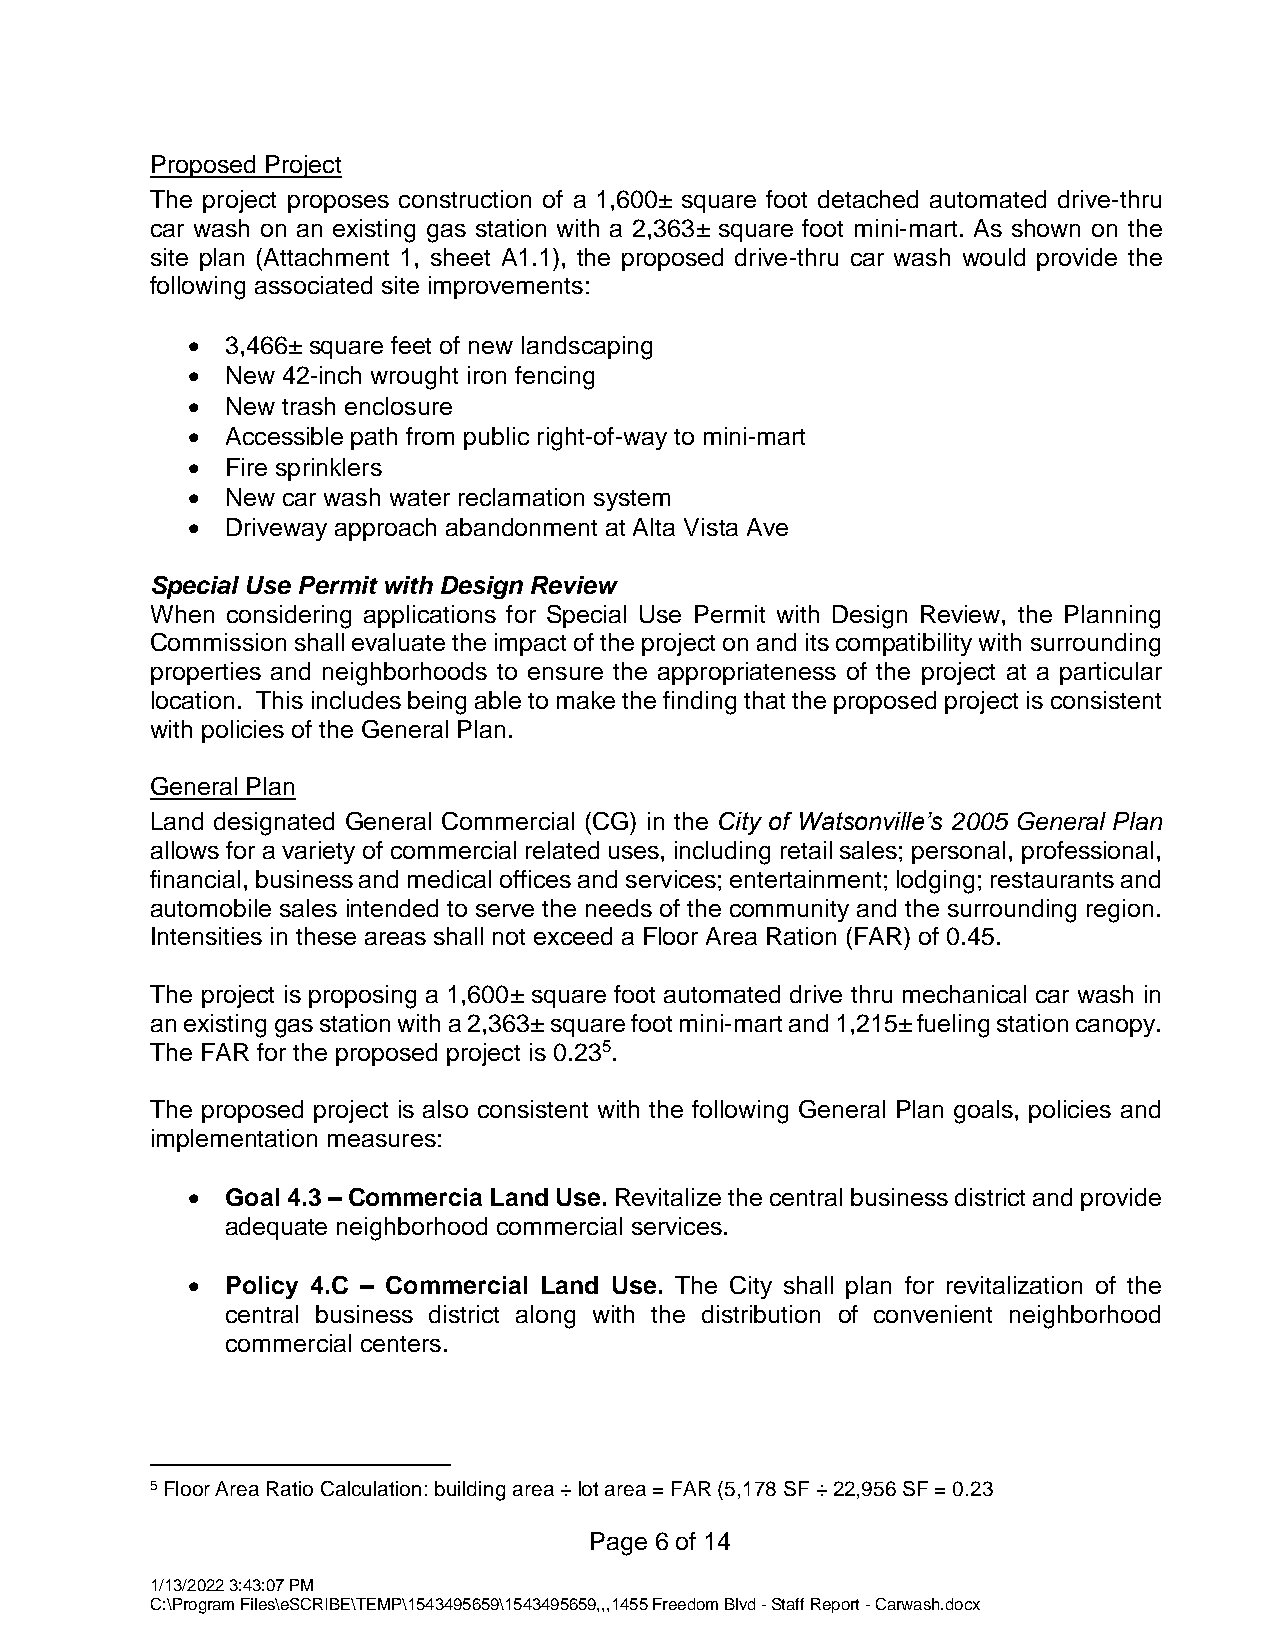
Proposed Project
 The project proposes construction of a 1,600± square foot detached automated drive-thru
 car wash on an existing gas station with a 2,363± square foot mini-mart. As shown on the
 site plan (Attachment 1, sheet A1.1), the proposed drive-thru car wash would provide the
 following associated site improvements:
   3,466± square feet of new landscaping
   New 42-inch wrought iron fencing
   New trash enclosure
   Accessible path from public right-of-way to mini-mart
   Fire sprinklers
   New car wash water reclamation system
   Driveway approach abandonment at Alta Vista Ave
 Special Use Permit with Design Review
 When considering applications for Special Use Permit with Design Review, the Planning
 Commission shall evaluate the impact of the project on and its compatibility with surrounding
 properties and neighborhoods to ensure the appropriateness of the project at a particular
 location. This includes being able to make the finding that the proposed project is consistent
 with policies of the General Plan.
 General Plan
 Land designated General Commercial (CG) in the City of Watsonville’s 2005 General Plan
 allows for a variety of commercial related uses, including retail sales; personal, professional,
 financial, business and medical offices and services; entertainment; lodging; restaurants and
 automobile sales intended to serve the needs of the community and the surrounding region.
 Intensities in these areas shall not exceed a Floor Area Ration (FAR) of 0.45.
 The project is proposing a 1,600± square foot automated drive thru mechanical car wash in
 an existing gas station with a 2,363± square foot mini-mart and 1,215± fueling station canopy.
 The FAR for the proposed project is 0.235.
 The proposed project is also consistent with the following General Plan goals, policies and
 implementation measures:
   Goal 4.3 – Commercia Land Use. Revitalize the central business district and provide
 adequate neighborhood commercial services.
   Policy 4.C – Commercial Land Use. The City shall plan for revitalization of the
 central business district along with the distribution of convenient neighborhood
 commercial centers.
 5 Floor Area Ratio Calculation: building area ÷ lot area = FAR (5,178 SF ÷ 22,956 SF = 0.23
 Page 6 of 14
 1/13/2022 3:43:07 PM
 C:\Program Files\eSCRIBE\TEMP\1543495659\1543495659,,,1455 Freedom Blvd - Staff Report - Carwash.docx